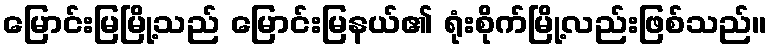
မြောင်းမြမြို့သည် မြောင်းမြနယ်၏ ရုံးစိုက်မြို့လည်းဖြစ်သည်။